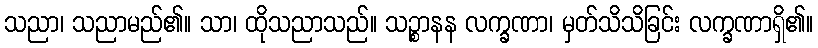
သညာ၊ သညာမည်၏။ သာ၊ ထိုသညာသည်။ သဉ္စာနန လက္ခဏာ၊ မှတ်သိသိခြင်း လက္ခဏာရှိ၏။